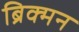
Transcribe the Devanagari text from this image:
ब्रिक्मन